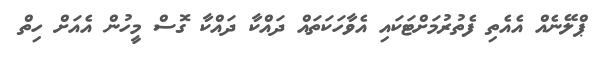
ޕްލޭނެއް އެއެތި ފެތުރުމަށްޓަކައި އެވާހަކަތައް ދައްކާ ދައްކާ ގޮސް މީހުން އެއަށް ހިތް